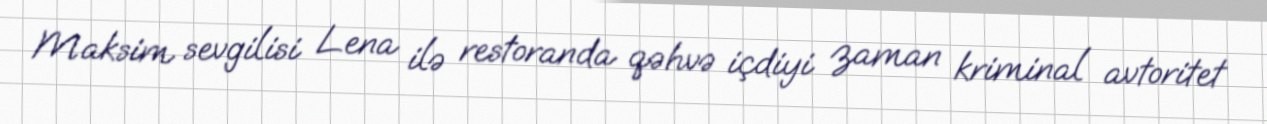
Maksim sevgilisi Lena ilə restoranda qəhvə içdiyi zaman kriminal avtoritet